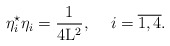
\begin{align*}{\eta}_i^{\star} {\eta}_i = \frac{1}{4{\rm L}^2} ,\hspace{5 mm} i=\overline{1,4}.\end{align*}